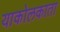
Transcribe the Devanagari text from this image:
याकोलकाता